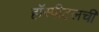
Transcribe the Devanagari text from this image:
हॉस्पीटलची